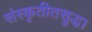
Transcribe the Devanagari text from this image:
संस्कृतीतसुद्धा